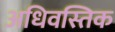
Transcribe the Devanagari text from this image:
अधिवस्तिक